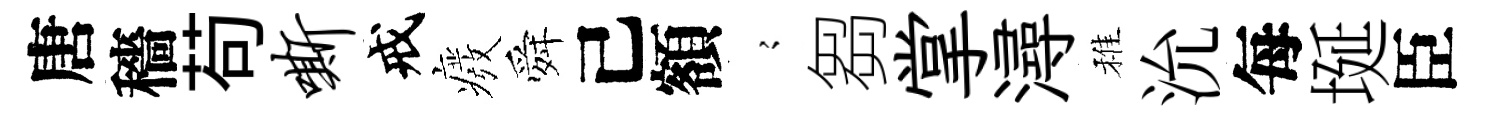
唐穡苟嘶戒癈舜己額𡪹芻掌潯稚沇每埏臣